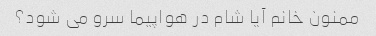
ممنون خانم آیا شام در هواپیما سرو می شود؟